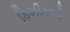
ફિઝીકલી